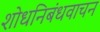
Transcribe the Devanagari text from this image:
शोधनिबंधवाचन